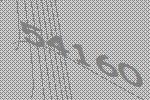
54160